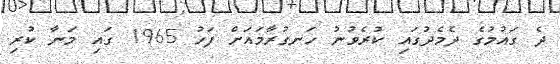
ދެ ގައުމުގެ ދެމެދުގައި ކުރެވުނު ހަނގުރާމައަށް ފަހު 1965 ގައި މަނާ ކުރި